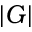
| G |